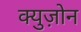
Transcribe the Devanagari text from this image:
क्युज़ोन